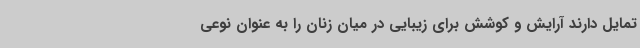
تمایل دارند آرایش و کوشش برای زیبایی در میان زنان را به عنوان نوعی